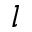
l